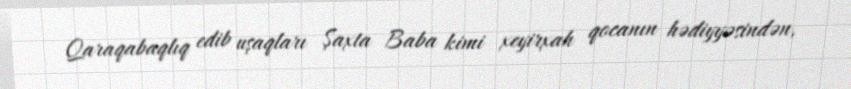
Qaraqabaqlıq edib uşaqları Şaxta Baba kimi xeyirxah qocanın hədiyyəsindən,